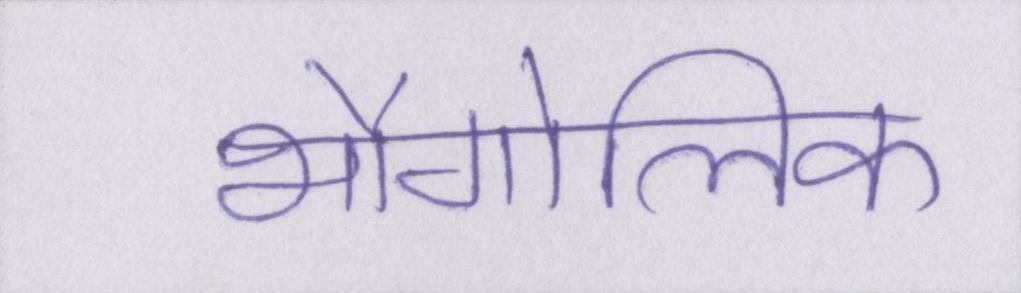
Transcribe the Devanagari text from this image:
भौगोलिक